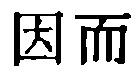
因而